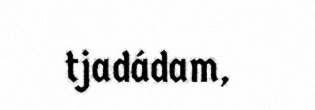
tjadádam,